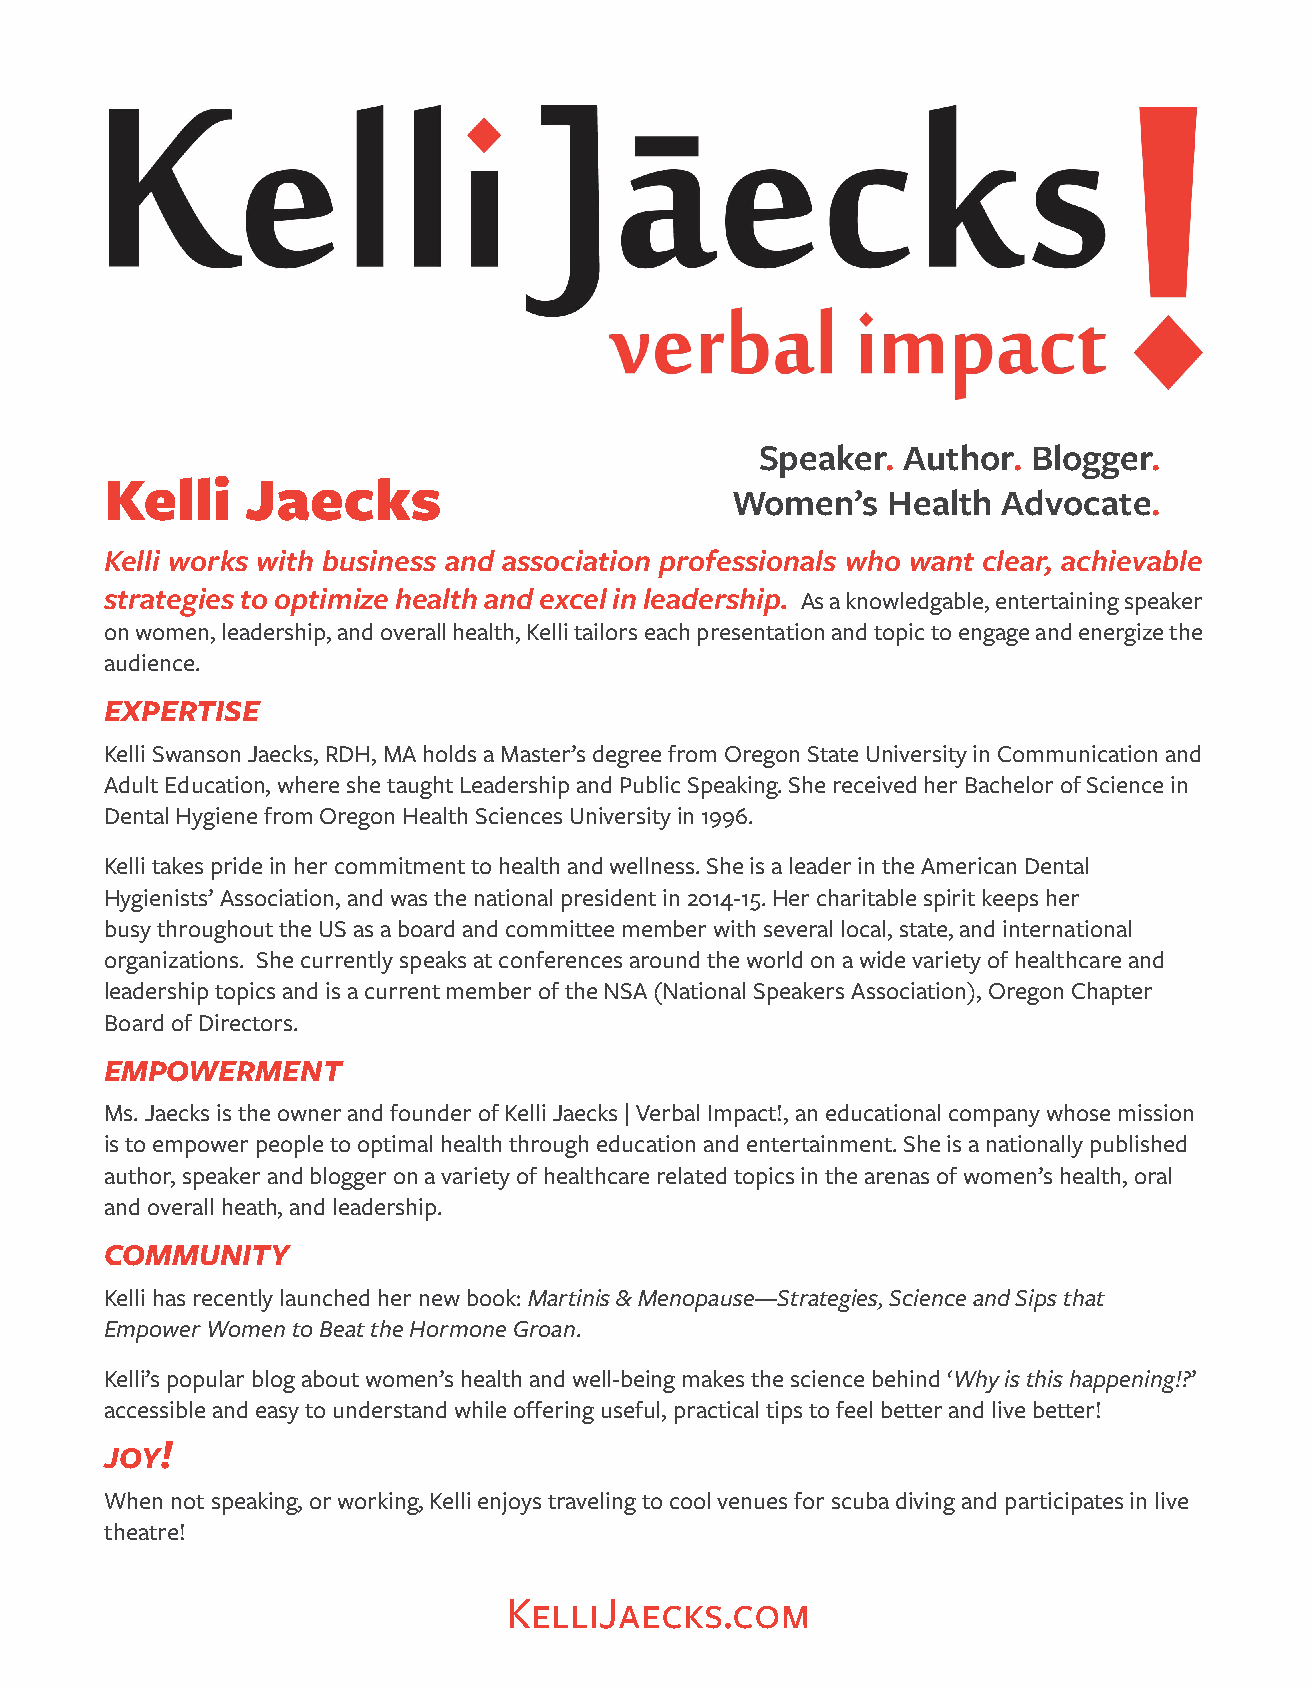
Speaker.  Author. Blogger.
 Kelli    Jaecks
 Women’s    Health Advocate.
 Kelli works with business and association professionals who want clear, achievable
 strategies to optimize health and excel in leadership. As a knowledgable, entertaining speaker
 on women, leadership, and overall health, Kelli tailors each presentation and topic to engage and energize the
 audience.
 EXPERTISE
 Kelli Swanson Jaecks, RDH, MA holds a Master’s degree from Oregon State University in Communication and
 Adult Education, where she taught Leadership and Public Speaking. She received her Bachelor of Science in
 Dental Hygiene from Oregon Health Sciences University in 1996.
 Kelli takes pride in her commitment to health and wellness. She is a leader in the American Dental
 Hygienists’ Association, and was the national president in 2014-15. Her charitable spirit keeps her
 busy throughout the US as a board and committee member with several local, state, and international
 organizations. She currently speaks at conferences around the world on a wide variety of healthcare and
 leadership topics and is a current member of the NSA (National Speakers Association), Oregon Chapter
 Board of Directors.
 EMPOWERMENT
 Ms. Jaecks is the owner and founder of Kelli Jaecks | Verbal Impact!, an educational company whose mission
 is to empower people to optimal health through education and entertainment. She is a nationally published
 author, speaker and blogger on a variety of healthcare related topics in the arenas of women’s health, oral
 and overall heath, and leadership.
 COMMUNITY
 Kelli has recently launched her new book: Martinis & Menopause— Strategies, Science and Sips that
 Empower Women to Beat the Hormone Groan.
 Kelli’s popular blog about women’s health and well-being makes the science behind ‘Why is this happening!?’
 accessible and easy to understand while offering useful, practical tips to feel better and live better!
 !
 JOY
 When not speaking, or working, Kelli enjoys traveling to cool venues for scuba diving and participates in live
 theatre!
 KelliJaecks.com